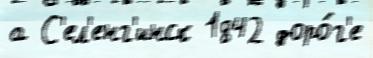
а С'ел'енг'инск 1842 доро́г'е